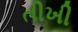
તીખી